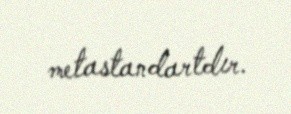
metastandartdır.